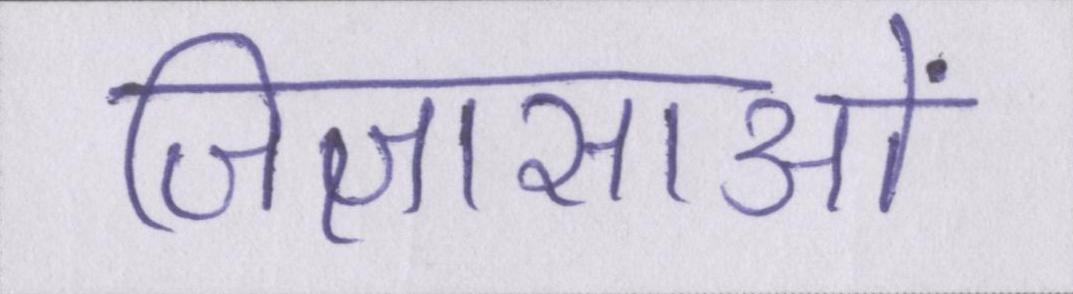
जिज्ञासाओं